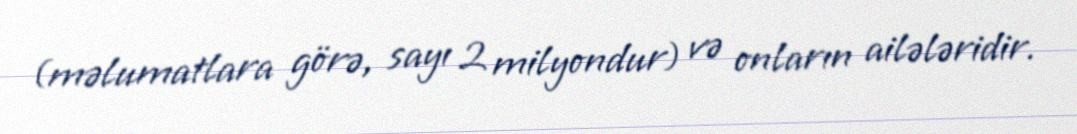
(məlumatlara görə, sayı 2 milyondur) və onların ailələridir.